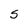
Character: S